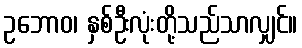
ဥဘောဝ၊ နှစ်ဦးလုံးတို့သည်သာလျှင်။